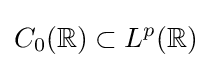
C_{0}(\mathbb {R} )\subset L^{p}(\mathbb {R} )